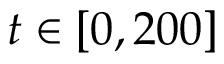
t \in [ 0 , 2 0 0 ]